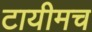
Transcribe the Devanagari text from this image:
टायीमच